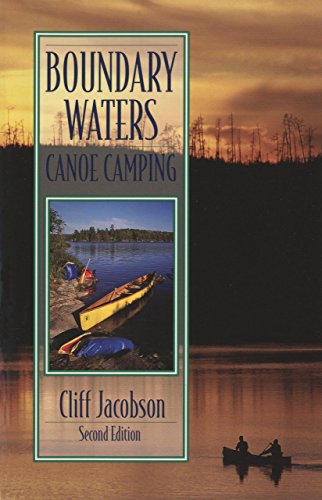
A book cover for Boundary Waters Canoe Camping, 2nd (Regional Paddling Series); Cliff Jacobson; Travel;